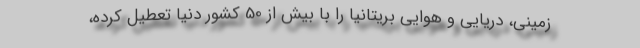
زمینی، دریایی و هوایی بریتانیا را با بیش از 50 کشور دنیا تعطیل کرده،